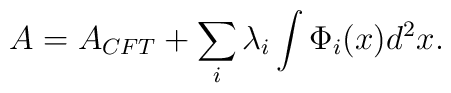
A=A_{CFT}+\sum _{i}\lambda _{i}\int\Phi _{i}(x)d^{2}x.